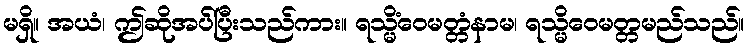
မရှိ။ အယံ၊ ဤဆိုအပ်ပြီးသည်ကား။ ရသ္မိံဝေမတ္တံနာမ၊ ရသ္မိဝေမတ္တမည်သည်။